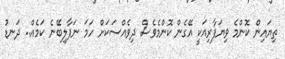
ތިޔައިން ކޮންމެ ވިޔަފާރިއަކީ އޭގެން ކޮންމެވެސް ދިވެއްސަކަށް ހަމަ ނަފާލިބޭނެ ކަމެއް.. ދަނޑު